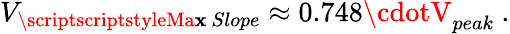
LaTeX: V_{\substack{\scriptscriptstyleMa\mathbf{x}\, Slope}}\approx0.748\cdotV_{peak}~.